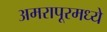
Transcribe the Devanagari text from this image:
अमरापूरमध्ये